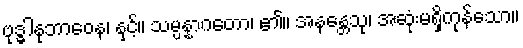
ဗုဒ္ဓါနုဘာဝေန၊ နှင့်။ သမ္ပန္နာဂတော၊ ၏။ အနန္တေသု၊ အဆုံးမရှိကုန်သော။